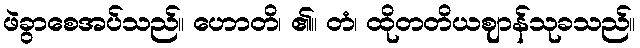
ဖဲခွာစေအပ်သည်။ ဟောတိ၊ ၏။ တံ၊ ထိုတတိယဈာန်သုခသည်။